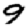
Digit: 9